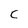
Character: C